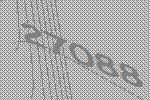
27088